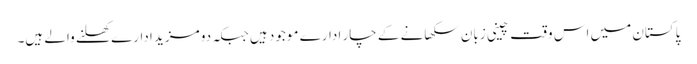
پاکستان میں اس وقت چینی زبان سکھانے کے چار ادارے موجود ہیں جبکہ دو مزید ادارے کھلنے والے ہیں۔